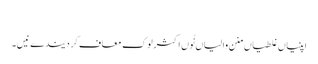
‏
اپنیاں غلطیاں منن والیاں نُوں اکثر لوک معاف کر دیندے نیں۔